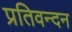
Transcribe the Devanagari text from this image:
प्रतिवन्दन